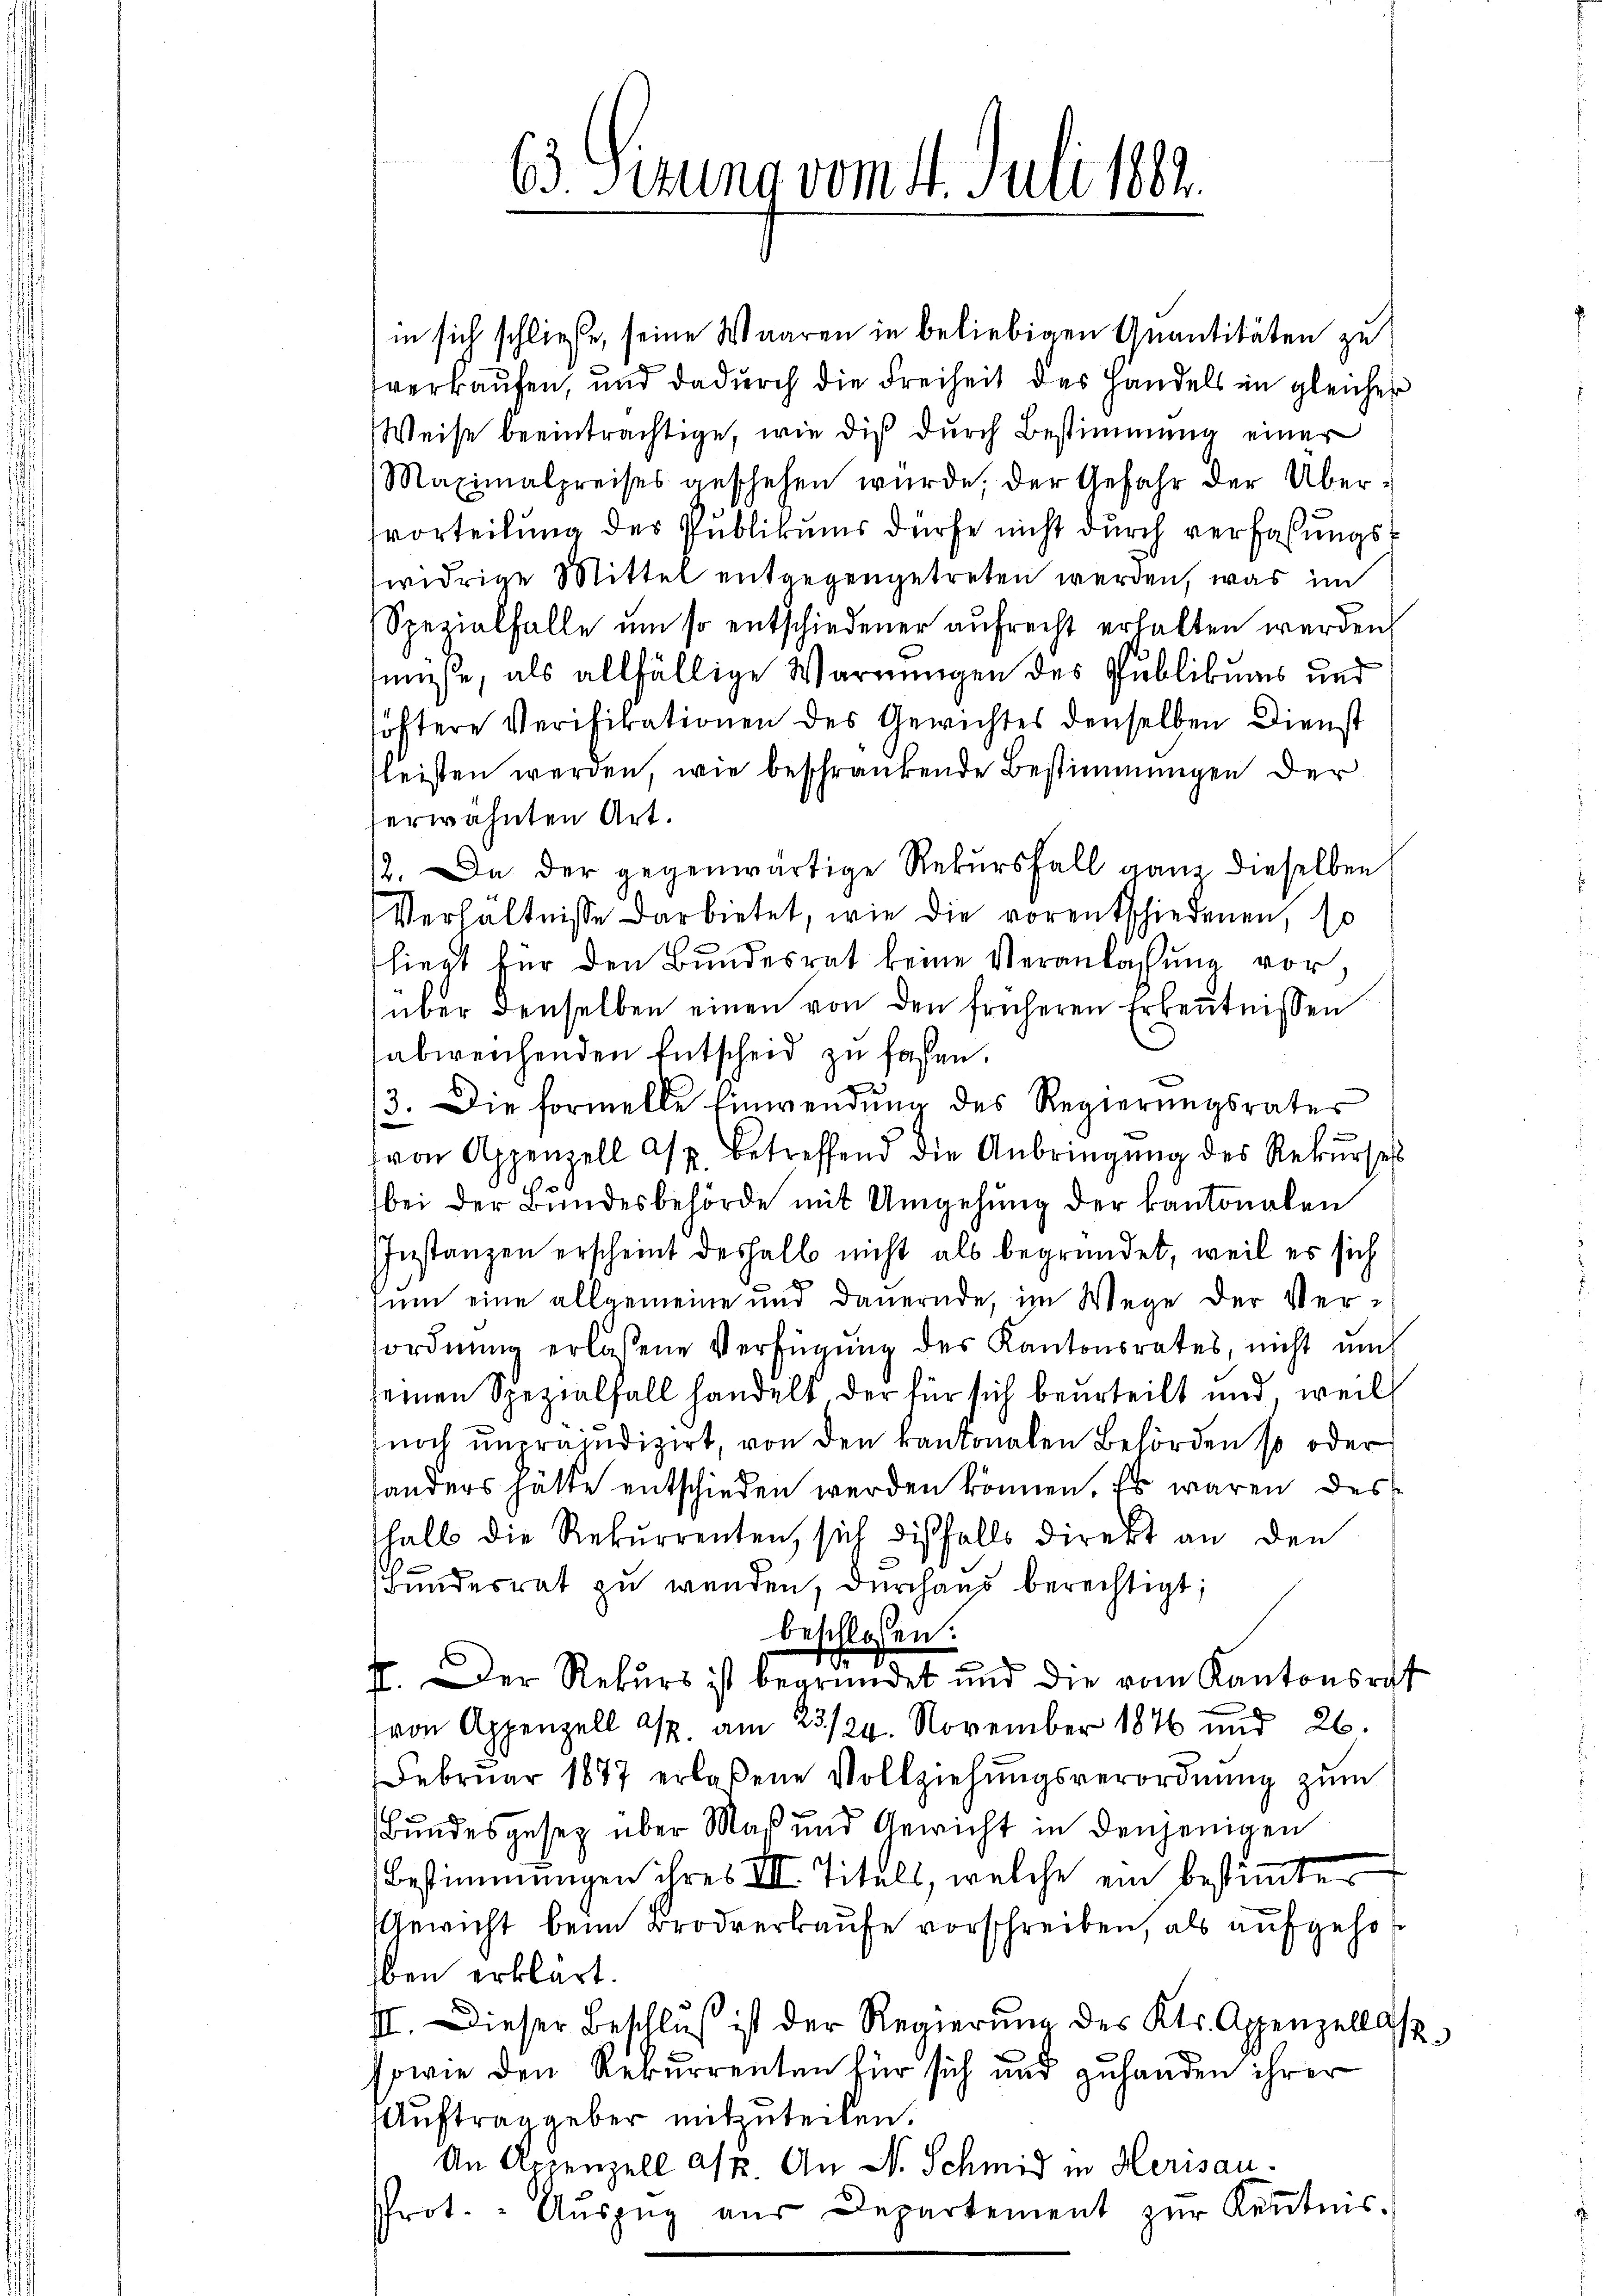
63 Sizung vom 4. Juli 1882.

in sich schließe, seine Waaren in beliebigen Quantitäten zu
verkaufen, und dadurch die Freiheit des Handels im gleicher
Weise beeinträchtige, wie die durch Bestimmung einer
Maximalpreises geschehen würde, der Gefahr der Über-
vorteilung des Publikums dürfe nicht durch verfaßungswidrige Mittel entgegengetreten werden, was im
Spezialfalle um so entschiedener aufrecht erhalten werden,
nüsse, als allfällige Warnungen des Publikums und
söftere Verifikationen des Gewichtes denselben Dienst
fleisten werden, wie beschränkende Bestimmungen der
erwähnten Art.
2. Da der gegenwärtige Rekŭrsfall ganz dieselben
Verhältnisse darbietet, wie die vorentschiedenen, so
hiegt für den Bundesrat keine Veranlassŭng vor,
über denselben einen von den früheren Erkenntnissen
abweichenden Entscheid zu faßen.
13. Die formelle Einwendung des Regierungsrates
(von Appenzell asp. betreffend die Anbringŭng des Rekŭrses
bei der Bundesbehörde mit Umgehung der kantonalen
Instanzen erscheint deshalb nicht als begründet, weil es sich
zum eine allgemeine und dauernde, im Wege der Verordnung erlassene Verfügung des Kantonsrates, nicht un
seinen Spezialfall handelt der für sich beurteilt und weil
noch unpräudizirt, von den kantonalen Behörden so oder
sanders hatte entschieden werden können. Es waren des
halb die Rekurrenten, sich diesfalls direkt an den
Bundesrat zu werden, durchaus berechtigt;
beschlossen:
¬
I. Der Rekurs ist begründet und die vom Kantonsrat
(von Appenzell A. am 23./24. November 1846 und 26.
Februar 1877 erlaßene Vollziehŭngsverordnŭng zŭm
Bundesgesez über Maß und Gewicht in denjenigen
Bestimmungen ihres III. Titels, welche ein bestimmter
Gewicht beim Brodverkaufe vorschreiben, als aufgehoben erklärt.
II. Dieser Beschlŭβ ist der Regierŭng des Kts. Appenzell a.
sowie den Rekurrenten für sich und zuhanden ihrer
Auftrag geber mitzuteilen.
An Appenzell a/p. An N. Schmid in Herisau-
Prot. " Aŭszŭg aŭs Departement zŭr Keṅtnis.